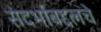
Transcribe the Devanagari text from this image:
संदर्भाबद्दलचे